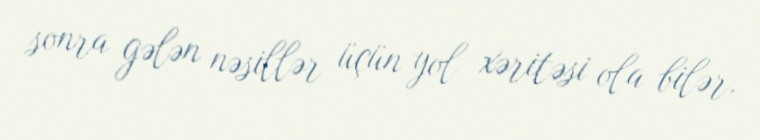
sonra gələn nəsillər üçün yol xəritəsi ola bilər.